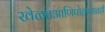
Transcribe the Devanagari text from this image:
खेळतआणिपोहण्यातही